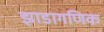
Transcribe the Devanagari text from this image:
झाडागणिक